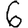
Digit: 6